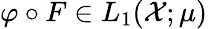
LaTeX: \varphi\circ F\in L_{1}(\mathcal X;\mu)